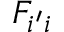
F _ { i ^ { \prime } i }